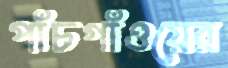
পাঁচগাঁওয়ের